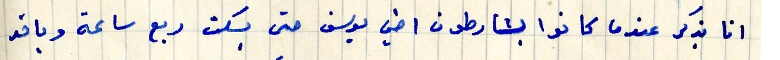
انا بذكر عندما كانوا يشارطون أخي يوسف حتى يسكت ربع ساعة وياخد